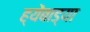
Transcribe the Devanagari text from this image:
ह्येंबाड्या